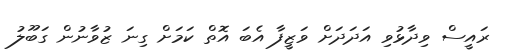
ރައީސް ވިދާޅުވި އަދަދަށް ވަޒީފާ އެބަ އޮތް ކަމަށް ގިނަ ޒުވާނުން ގަބޫލު